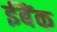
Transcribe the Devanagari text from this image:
ईबैंक